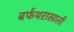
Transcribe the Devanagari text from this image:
बर्फथराखाली